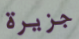
جزيرة